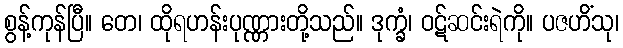
စွန့်ကုန်ပြီ။ တေ၊ ထိုရဟန်းပုဏ္ဏားတို့သည်။ ဒုက္ခံ၊ ဝဋ်ဆင်းရဲကို။ ပဇဟိံသု၊